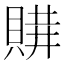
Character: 𧶩